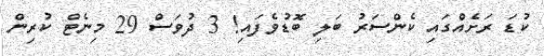
ކުޑަ ރަށެއްގައި ކެންސަރު ބަލި ބޮޑުވެފައި! 3 ދުވަސް 29 މިނެޓް ކުރިން